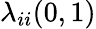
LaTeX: \lambda_{ii}(0,1)